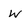
Character: w